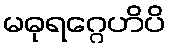
မဓုရဂ္ဂေဟိပိ